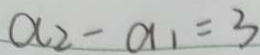
a _ { 2 } - a _ { 1 } = 3